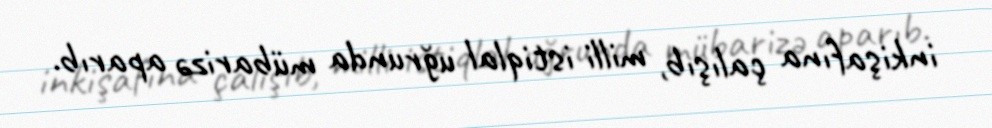
inkişafına çalışıb, milli istiqlal uğrunda mübarizə aparıb.